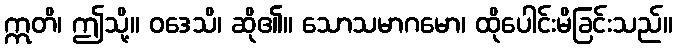
ဣတိ၊ ဤသို့။ ဝဒေသိ၊ ဆို၏။ သောသမာဂမော၊ ထိုပေါင်းမိခြင်းသည်။